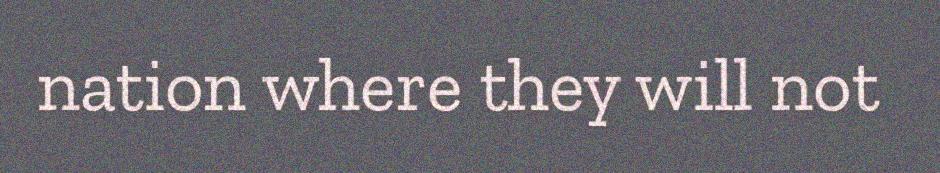
nation where they will not